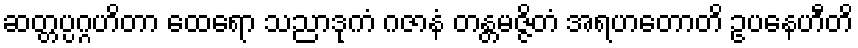
ဆတ္တပ္ပဂ္ဂဟိတာ ထေရော သညာဒုကံ ဂဇာနံ တန္တမဇ္ဇိတံ အရဟတောတိ ဥပနေဟီတိ